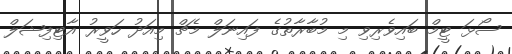
ސޯޅަ ޓީމް ބައިވެރިވި މި މުބާރާތުގެ ފައިނަލް މެޗް މިއަދު ހަވީރު އާޓިފިޝަލް